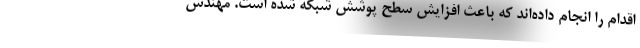
اقدام را انجام داده‌اند که باعث افزایش سطح پوشش شبکه شده است. مهندس